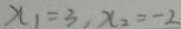
x _ { 1 } = 3 , x _ { 2 } = - 2